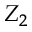
Z _ { 2 }